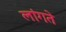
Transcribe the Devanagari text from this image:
लांगते